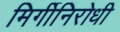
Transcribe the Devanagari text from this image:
मिर्गीनिरोधी